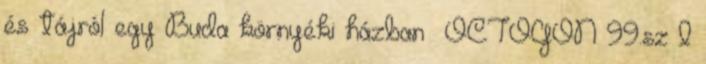
és tájról egy Buda környéki házban│ OCTOGON 99.sz I